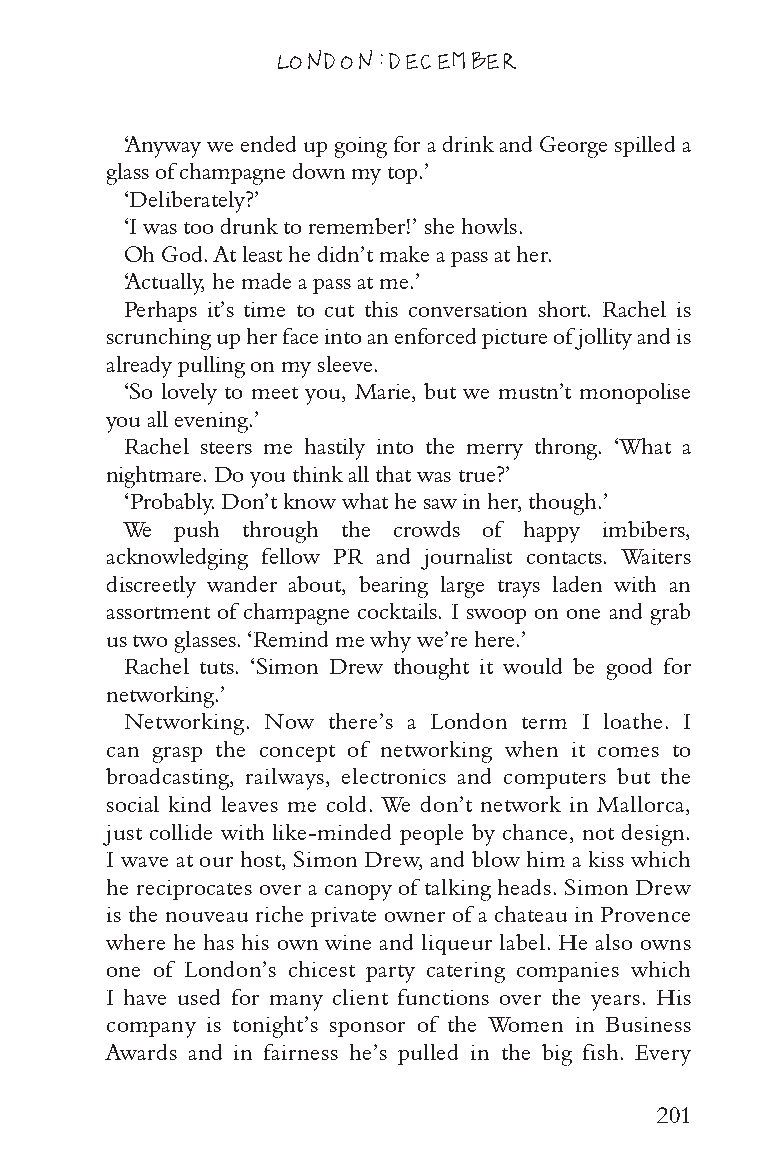
LONDON: DECEMBER
 ‘Anyway we ended up going for a drink and George spilled a
 glass of champagne down my top.’
 ‘Deliberately?’
 ‘I was too drunk to remember!’ she howls.
 Oh God. At least he didn’t make a pass at her.
 ‘Actually, he made a pass at me.’
 Perhaps it’s time to cut this conversation short. Rachel is
 scrunching up her face into an enforced picture of jollity and is
 already pulling on my sleeve.
 ‘So lovely to meet you, Marie, but we mustn’t monopolise
 you all evening.’
 Rachel steers me hastily into the merry throng. ‘What a
 nightmare. Do you think all that was true?’
 ‘Probably. Don’t know what he saw in her, though.’
 We  push through the crowds of happy imbibers,
 acknowledging fellow PR and journalist contacts. Waiters
 discreetly wander about, bearing large trays laden with an
 assortment of champagne cocktails. I swoop on one and grab
 us two glasses. ‘Remind me why we’re here.’
 Rachel tuts. ‘Simon Drew thought it would be good for
 networking.’
 Networking. Now there’s a London term I loathe. I
 can grasp the concept of networking when it comes to
 broadcasting, railways, electronics and computers but the
 social kind leaves me cold. We don’t network in Mallorca,
 just collide with like-minded people by chance, not design.
 I wave at our host, Simon Drew, and blow him a kiss which
 he reciprocates over a canopy of talking heads. Simon Drew
 is the nouveau riche private owner of a chateau in Provence
 where he has his own wine and liqueur label. He also owns
 one of London’s chicest party catering companies which
 I have used for many client functions over the years. His
 company is tonight’s sponsor of the Women in Business
 Awards and in fairness he’s pulled in the big fish. Every
 201